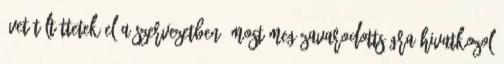
évet töltöttetek el a Szervezetben, most meg zavarodottságra hivatkozol